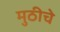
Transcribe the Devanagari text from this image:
मुठीचे